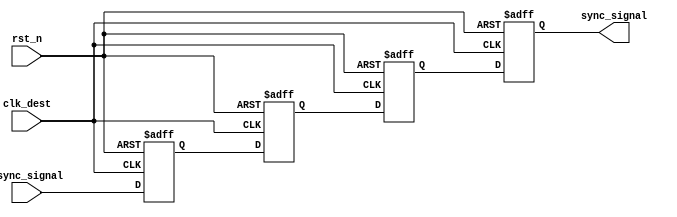
module triple_ff_synchronizer (
    input wire async_signal,  // Input signal from the source clock domain
    input wire clk_dest,      // Clock signal for the destination clock domain
    input wire rst_n,         // Asynchronous active-low reset
    output reg sync_signal     // Synchronized output signal
);

// Internal signals for the flip-flops
reg ff1, ff2, ff3;

// Asynchronous reset and flip-flop behavior
always @(posedge clk_dest or negedge rst_n) begin
    if (!rst_n) begin
        // Reset the flip-flops to a known state
        ff1 <= 1'b0;
        ff2 <= 1'b0;
        ff3 <= 1'b0;
        sync_signal <= 1'b0;
    end else begin
        // Capture the async_signal through the flip-flops
        ff1 <= async_signal;  // First flip-flop
        ff2 <= ff1;           // Second flip-flop
        ff3 <= ff2;           // Third flip-flop
        sync_signal <= ff3;   // Final synchronized output
    end
end

endmodule